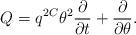
LaTeX: \begin{align*}Q = q^{2C} \theta^2 \frac{\partial}{\partial t} + \frac{\partial}{\partial\theta}.\end{align*}